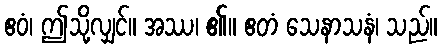
ဧဝံ၊ ဤသို့လျှင်။ အဿ၊ ၏။ ဧတံ သေနာသနံ၊ သည်။